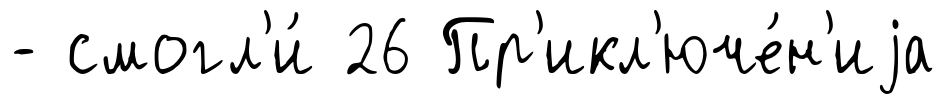
- смогл'и́ 26 Пр'икл'юче́н'иjа